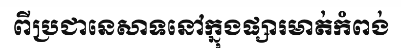
ពីប្រជានេសាទនៅក្នុងផ្សារមាត់កំពង់